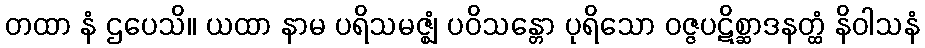
တထာ နံ ဌပေသိ။ ယထာ နာမ ပရိသမဇ္ဈံ ပဝိသန္တော ပုရိသော ဝဇ္ဇပဋိစ္ဆာဒနတ္ထံ နိဝါသနံ